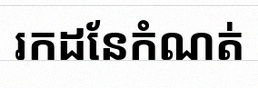
រកដែនកំណត់